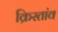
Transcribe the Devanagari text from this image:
क्रिस्तांव